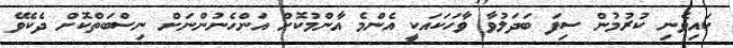
ކައިވެނި ކުރުމުން ސިފަ ބަދަލުވާ ވާހަކައަކީ އެންމެ އާންމުކޮށް އަންހެނުންނަށް ނިސްބަތްކޮށް ދެކެވޭ